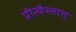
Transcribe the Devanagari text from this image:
प्रीत्यैस्तात्